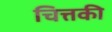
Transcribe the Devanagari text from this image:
चित्तकी